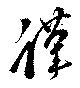
謹